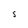
Character: S